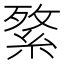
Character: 𦁘